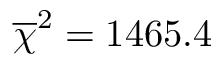
\overline { \chi } ^ { 2 } = 1 4 6 5 . 4